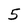
Character: 5